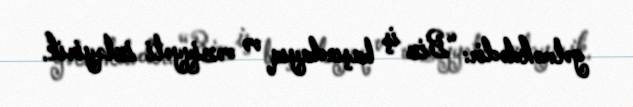
gəlməkdədir: “Biz iş başındayıq və vəziyyəti izləyirik.